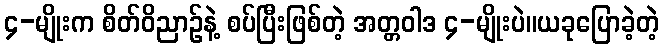
၄-မျိုးက စိတ်ဝိညာဉ်နဲ့ စပ်ပြီးဖြစ်တဲ့ အတ္တဝါဒ ၄-မျိုးပဲ။ယခုပြောခဲ့တဲ့